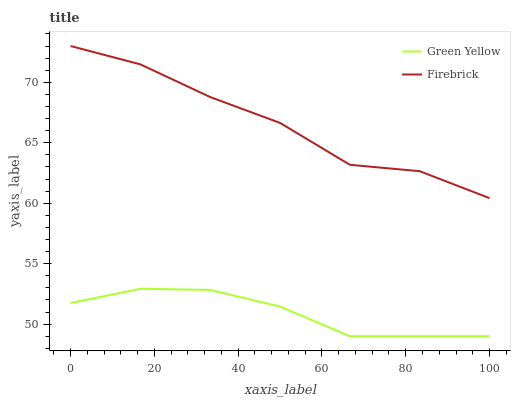
| xaxis_label | Green Yellow | Firebrick |
 | --- | --- | --- |
 | 0 | 51.7 | 73 |
 | 16.7 | 52.9 | 71.5 |
 | 33.3 | 52.8 | 68.8 |
 | 50 | 51.5 | 66.6 |
 | 66.7 | 49 | 63.2 |
 | 83.3 | 49 | 62.6 |
 | 100 | 49 | 60.4 |